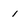
Character: i